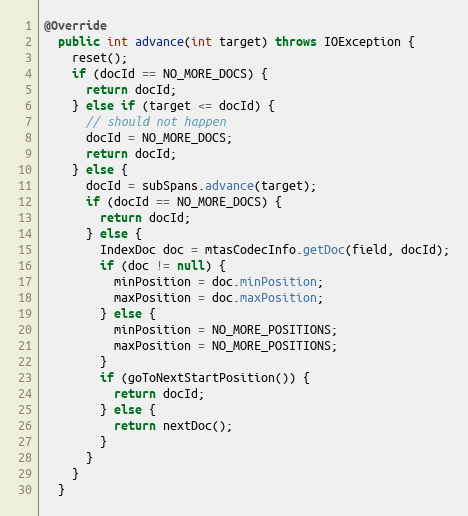
Language: Java
@Override
  public int advance(int target) throws IOException {
    reset();
    if (docId == NO_MORE_DOCS) {
      return docId;
    } else if (target <= docId) {
      // should not happen
      docId = NO_MORE_DOCS;
      return docId;
    } else {
      docId = subSpans.advance(target);
      if (docId == NO_MORE_DOCS) {
        return docId;
      } else {
        IndexDoc doc = mtasCodecInfo.getDoc(field, docId);
        if (doc != null) {
          minPosition = doc.minPosition;
          maxPosition = doc.maxPosition;
        } else {
          minPosition = NO_MORE_POSITIONS;
          maxPosition = NO_MORE_POSITIONS;
        }
        if (goToNextStartPosition()) {
          return docId;
        } else {
          return nextDoc();
        }
      }
    }
  }